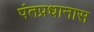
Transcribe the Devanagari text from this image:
पंतप्रधानास